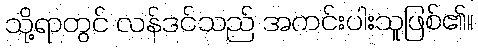
သို့ရာတွင် လန်ဒင်သည် အကင်းပါးသူဖြစ်၏။